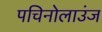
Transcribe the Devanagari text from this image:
पचिनोलाउंज